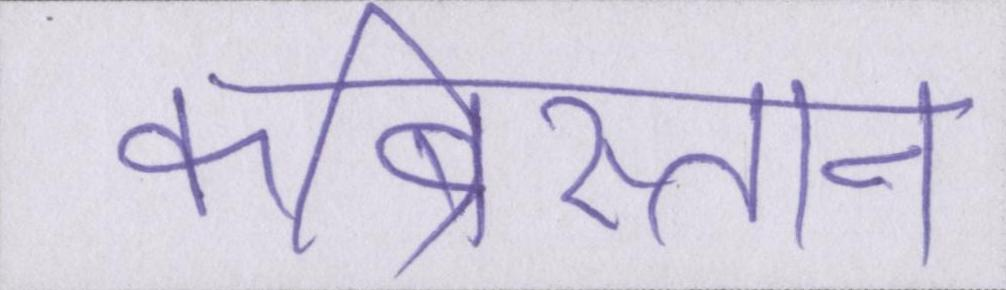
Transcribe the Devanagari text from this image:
कब्रिस्तान